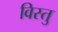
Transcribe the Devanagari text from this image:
विस्तु